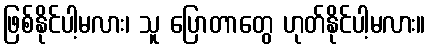
ဖြစ်နိုင်ပါ့မလား၊ သူ ပြောတာတွေ ဟုတ်နိုင်ပါ့မလား။